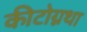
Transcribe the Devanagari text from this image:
कीटोग्नथा